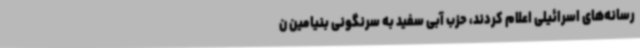
رسانه‌های اسرائیلی اعلام کردند، حزب آبی سفید به سرنگونی بنیامین ن